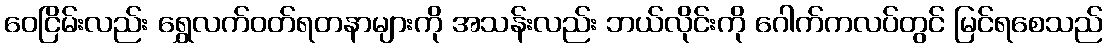
ဝေငြိမ်းလည်း ရွှေလက်ဝတ်ရတနာများကို အသန်းလည်း ဘယ်လိုင်းကို ဂေါက်ကလပ်တွင် မြင်ရစေသည်